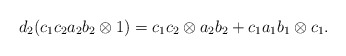
\begin{align*}d_2(c_1c_2a_2b_2 \otimes 1) = c_1c_2 \otimes a_2b_2 + c_1a_1b_1 \otimes c_1.\end{align*}